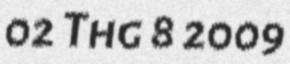
02 Thg 8 2009